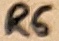
Text: R6